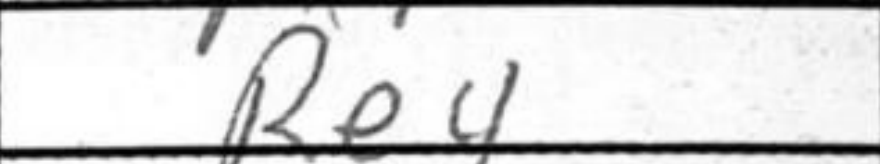
Transcription: Re4